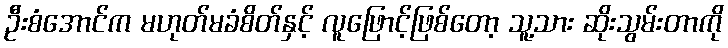
ဦးစံအောင်က မဟုတ်မခံစိတ်နှင့် လူဖြောင့်ဖြစ်တော့ သူ့သား ဆိုးသွမ်းတာကို